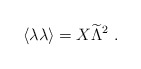
\begin{align*}\langle \lambda\lambda\rangle =X {\widetilde \Lambda}^2~.\end{align*}